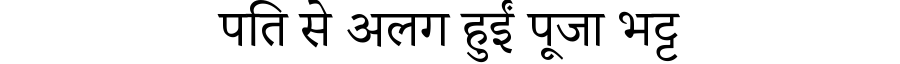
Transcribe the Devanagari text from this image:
पति से अलग हुईं पूजा भट्ट